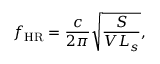
f _ { \mathrm { H R } } = \frac { c } { 2 \pi } \sqrt { \frac { S } { V L _ { s } } } ,